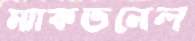
ম্যাকডনেল